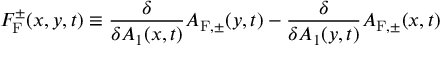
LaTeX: { \cal F } _ { \mathrm { F } } ^ { \pm } ( x , y , t ) \equiv \frac { \delta } { \delta A _ { 1 } ( x , t ) } { \cal A } _ { \mathrm { F } , \pm } ( y , t ) - \frac { \delta } { \delta A _ { 1 } ( y , t ) } { \cal A } _ { \mathrm { F } , \pm } ( x , t )